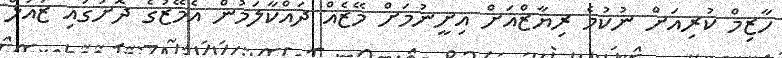
ހާޒިމް ކުރިއަށް ނުކުމެ ރިޔާޒްއަށް އިށީނުމަށް މޭޒެއް ދައްކާލަމުން އެމޭޒުގެ ދޮށުގައި ޒައުލް